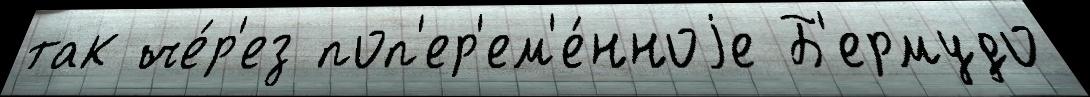
так че́р'ез поп'ер'ем'е́нноjе Б'ермудо